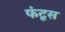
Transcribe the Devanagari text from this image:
फंटूस